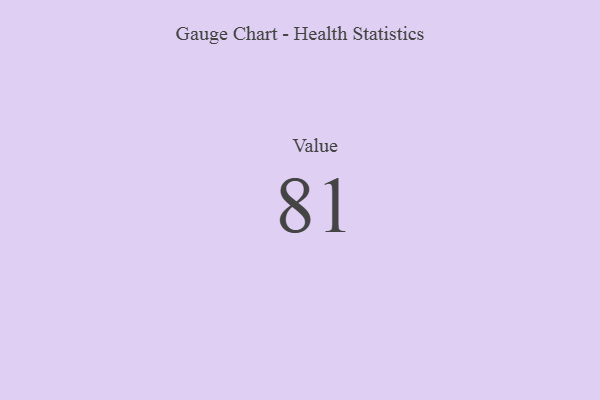
{"axis": {"x": "Metric", "y": "Value"}, "legend": [""], "data": [{"x": "Value", "y": 81, "type": ""}]}